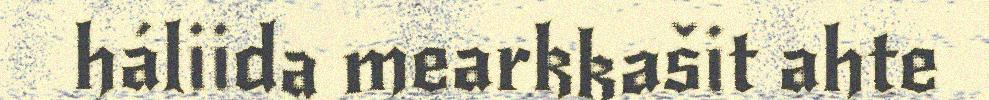
háliida mearkkašit ahte